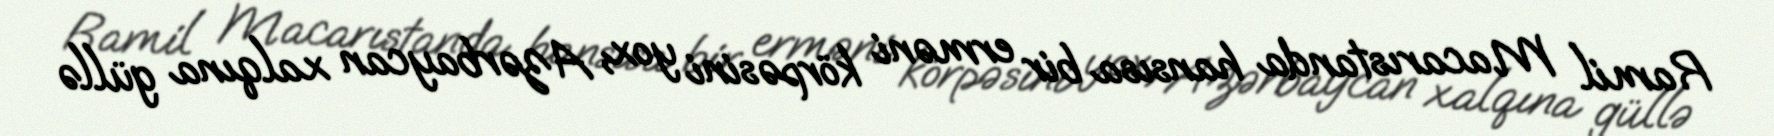
Ramil Macarıstanda hansısa bir erməni körpəsini yox, Azərbaycan xalqına güllə